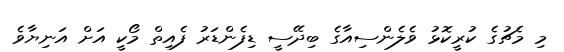
މި މެޗުގެ ކުރީކޮޅު ވެލެންސިއާގެ ބިދޭސީ ޑިފެންޑަރު ފެއިތް މޯކީ އަށް އަނިޔާވެ